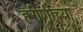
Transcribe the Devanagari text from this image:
हरीणीच्या